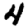
Digit: 4